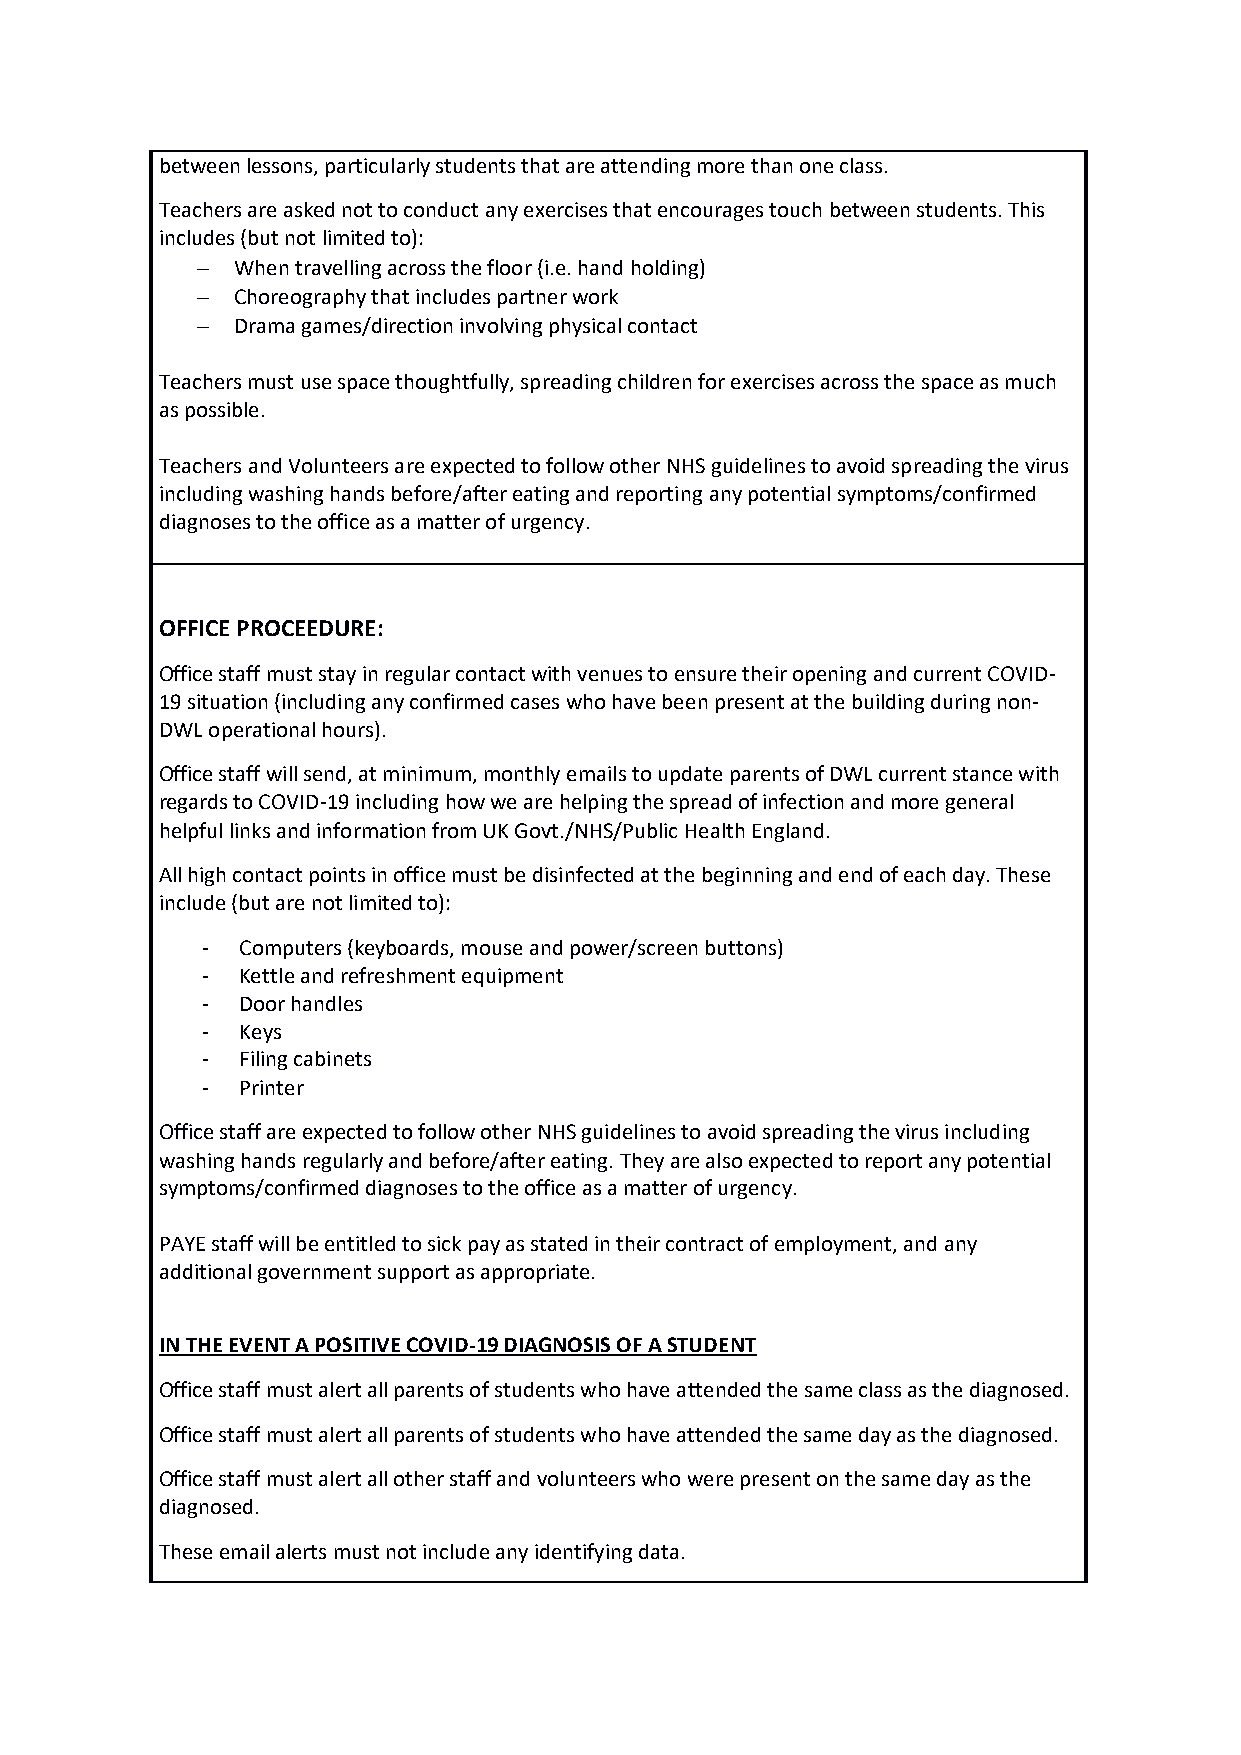
between lessons, particularly students that are attending more than one class.
 Teachers are asked not to conduct any exercises that encourages touch between students. This
 includes (but not limited to):
 − When travelling across the floor (i.e. hand holding)
 − Choreography that includes partner work
 − Drama games/direction involving physical contact
 Teachers must use space thoughtfully, spreading children for exercises across the space as much
 as possible.
 Teachers and Volunteers are expected to follow other NHS guidelines to avoid spreading the virus
 including washing hands before/after eating and reporting any potential symptoms/confirmed
 diagnoses to the office as a matter of urgency.
 OFFICE PROCEEDURE:
 Office staff must stay in regular contact with venues to ensure their opening and current COVID-
 19 situation (including any confirmed cases who have been present at the building during non-
 DWL operational hours).
 Office staff will send, at minimum, monthly emails to update parents of DWL current stance with
 regards to COVID-19 including how we are helping the spread of infection and more general
 helpful links and information from UK Govt./NHS/Public Health England.
 All high contact points in office must be disinfected at the beginning and end of each day. These
 include (but are not limited to):
 -  Computers (keyboards, mouse and power/screen buttons)
 -  Kettle and refreshment equipment
 -  Door handles
 -  Keys
 -  Filing cabinets
 -  Printer
 Office staff are expected to follow other NHS guidelines to avoid spreading the virus including
 washing hands regularly and before/after eating. They are also expected to report any potential
 symptoms/confirmed diagnoses to the office as a matter of urgency.
 PAYE staff will be entitled to sick pay as stated in their contract of employment, and any
 additional government support as appropriate.
 IN THE EVENT A POSITIVE COVID-19 DIAGNOSIS OF A STUDENT
 Office staff must alert all parents of students who have attended the same class as the diagnosed.
 Office staff must alert all parents of students who have attended the same day as the diagnosed.
 Office staff must alert all other staff and volunteers who were present on the same day as the
 diagnosed.
 These email alerts must not include any identifying data.